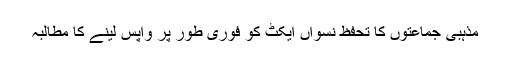
مذہبی جماعتوں کا تحفظ نسواں ایکٹ کو فوری طور پر واپس لینے کا مطالبہ